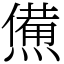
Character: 㷶